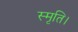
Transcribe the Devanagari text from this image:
स्मृति।